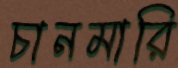
চানমারি